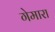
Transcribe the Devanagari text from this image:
गेमारा